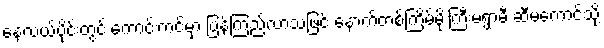
နေ့လယ်ပိုင်းတွင် ကောင်းကင်မှာ ပြန်ကြည်လာသဖြင့် နောက်တစ်ကြိမ်မိုးကြီးမရွာမီ ဆီမကောင်သို့